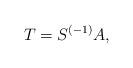
LaTeX: \begin{align*}T = S^{(-1)} A,\end{align*}